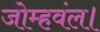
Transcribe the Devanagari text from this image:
जोम्हवंल।